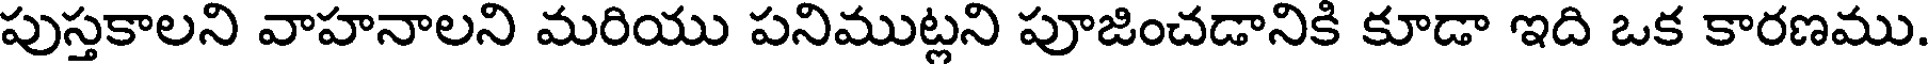
పుస్తకాలని వాహనాలని మరియు పనిముట్లని పూజించడానికి కూడా ఇది ఒక కారణము.